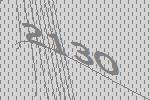
2130